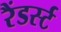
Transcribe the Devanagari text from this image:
रैंडर्स्ट